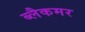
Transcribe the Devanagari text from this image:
ब्लैकमर